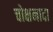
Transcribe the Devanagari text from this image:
चोक्षनादा